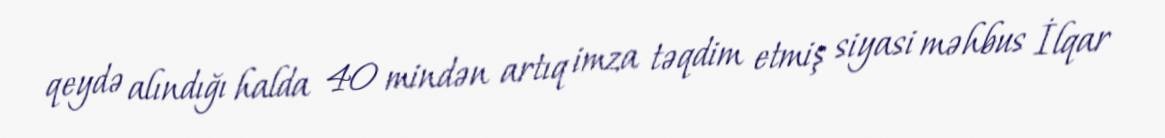
qeydə alındığı halda 40 mindən artıq imza təqdim etmiş siyasi məhbus İlqar